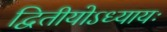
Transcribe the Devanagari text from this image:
द्वितीयोऽध्यायः